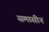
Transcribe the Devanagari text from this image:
समासीनं